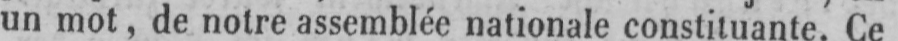
un mot, de notre assemblée nationale constituante. Ce